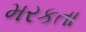
મરકતા